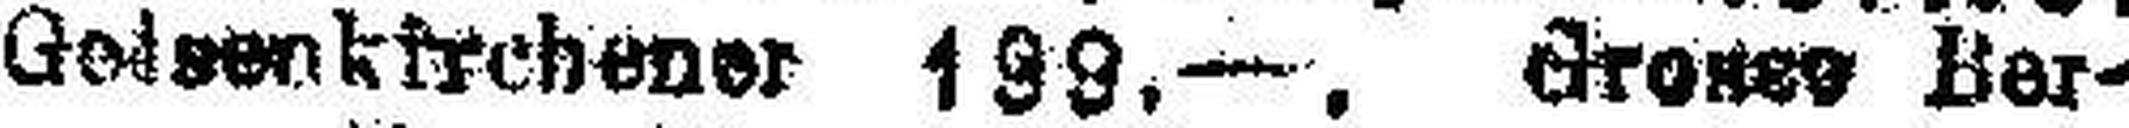
Geisenktschener 199.—. Grosse Ber¬